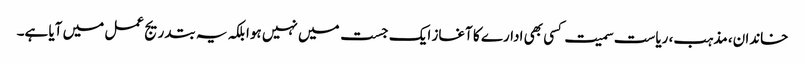
خاندان، مذہب، ریاست سمیت کسی بھی ادارے کا آغاز ایک جست میں نہیں ہوا بلکہ یہ بتدریج عمل میں آیا ہے۔